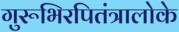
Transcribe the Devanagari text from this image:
गुरूभिरपितंत्रालोके